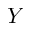
Y